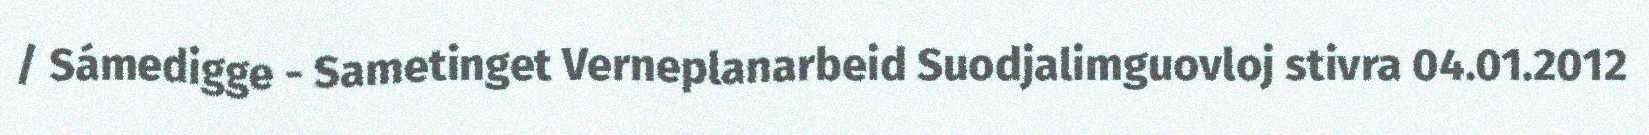
/ Sámedigge - Sametinget Verneplanarbeid Suodjalimguovloj stivra 04.01.2012